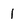
Character: 1